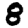
Digit: 8